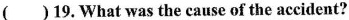
( )19,What was the cause of the accident?